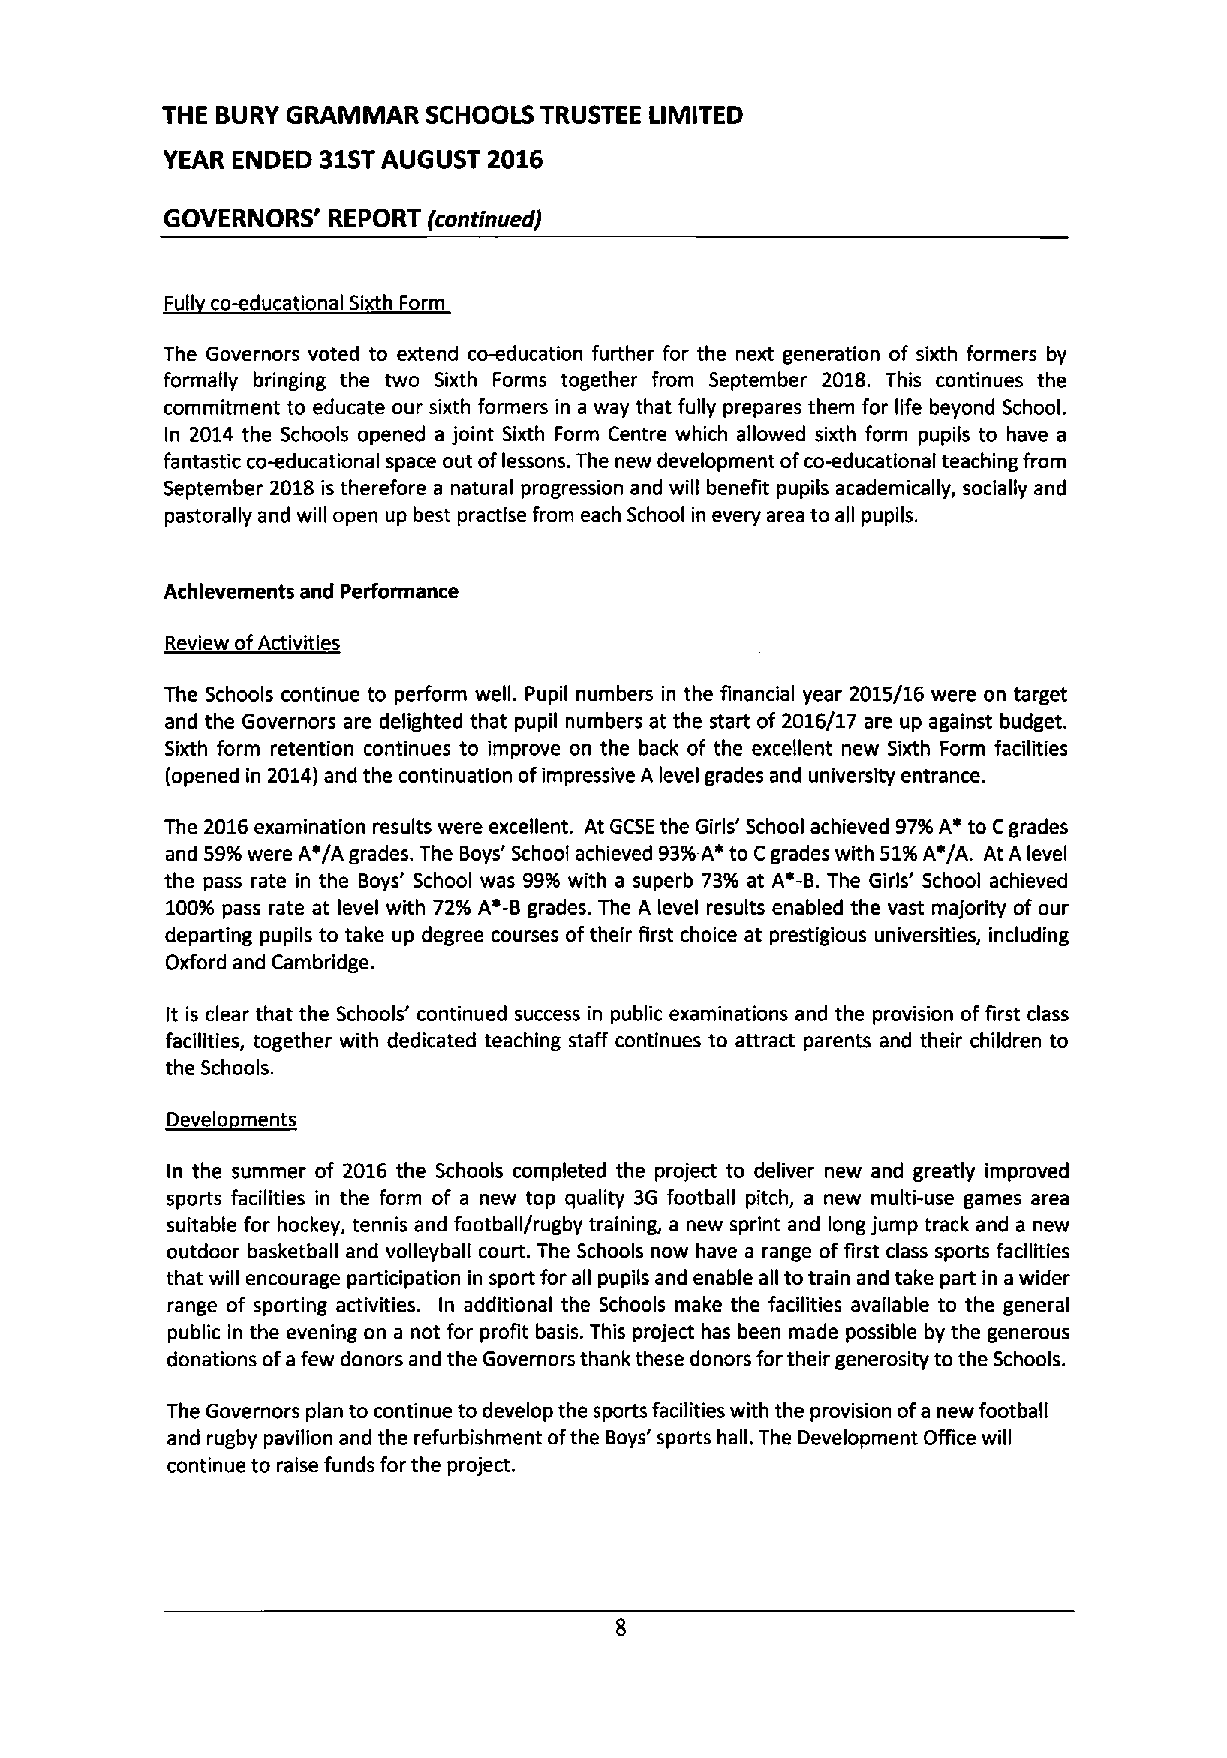
THE BURY GRAMMAR SCHOOLS TRUSTEE LIMITED
 YEAR ENDED 31STAUGUST 2016
 GOVERNORS' REPORT (continued)
 Full co-educational Sixth Form
 The Governors voted to extend co-education further for the next generation of sixth formers by
 formally bringing the two Sixth Forms together from September 2018. This continues the
 commitment to educate our sixth formers in a way that fully prepares them for life beyond School.
 In 2014 the Schools opened a joint Sixth Form Centre which allowed sixth form pupils to have a
 fantastic co-educational space out oflessons. The new development ofco-educational teaching from
 September 2018is therefore a natural progression and will benefit pupils academically, socially and
 pastorally and will open up best practise from each School in every area to all pupils.
 Achievements and Performance
 Review ofActivities
 The Schools continue to perform well. Pupil numbers in the financial year 2015/16 were on target
 and the Governors are delighted that pupil numbers at the start of 2016/17 are up against budget.
 Sixth form retention continues to improve on the back of the excellent new Sixth Form facilities
 (opened in 2014)and the continuatlon ofimpressive A level grades and university entrance.
 The 2016examination results were excellent. At GCSEthe Girls' School achieved 9796A' to Cgrades
 and 5996were A~/A grades. The Boys' School achieved 9396A' to Cgrades with 5196A'/A. At A level
 the pass rate in the Boys' School was 9996with a superb 7396 at A'-B. The Girls' School achieved
 10096pass rate at level with 7296 A'-B grades. The A level results enabled the vast majority of our
 departing pupils to take up degree courses oftheir first choice at prestigious universities, including
 Oxford and Cambridge.
 It is clear that the Schools' continued success in public examinations and the provision offirst class
 facilities, together with dedicated teaching staff continues to attract parents and their children to
 the Schools.
 ~DI
 I
 In the summer of 2016 the Schools completed the project to deliver new and greatly improved
 sports facilities in the form of a new top quality 3G football pitch, a new multi-use games area
 suitable for hockey, tennis and football/rugby training, a new sprint and long jump track and a new
 outdoor basketball and volleyball court. The Schools now have a range of first class sports facilities
 that will encourage participation in sport for all pupils and enable all totrain and take part in awider
 range of sporting activities. In additional the Schools make the facilities available to the general
 public in the evening on a not for profit basis. This project has been made possible by the generous
 donations ofafew donors and the Governors thank these donors fortheir generosity to the Schools.
 The Governors plan to continue to develop the sports facilities with the provision ofa new football
 and rugby pavillon and the refurbishment ofthe Boys' sports hall. The Development Office will
 continue to raise funds for the project.